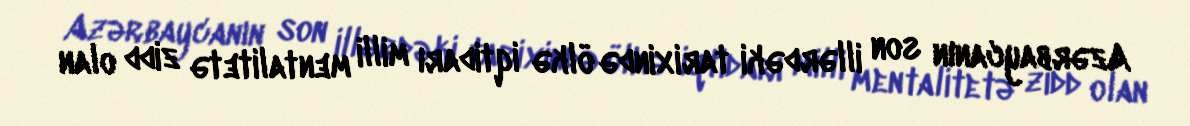
Azərbaycanın son illərdəki tarixində ölkə iqtidarı milli mentalitetə zidd olan